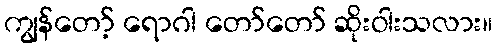
ကျွန်တော့် ရောဂါ တော်တော် ဆိုးဝါးသလား။